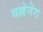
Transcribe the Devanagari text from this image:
वल्लेजेरा